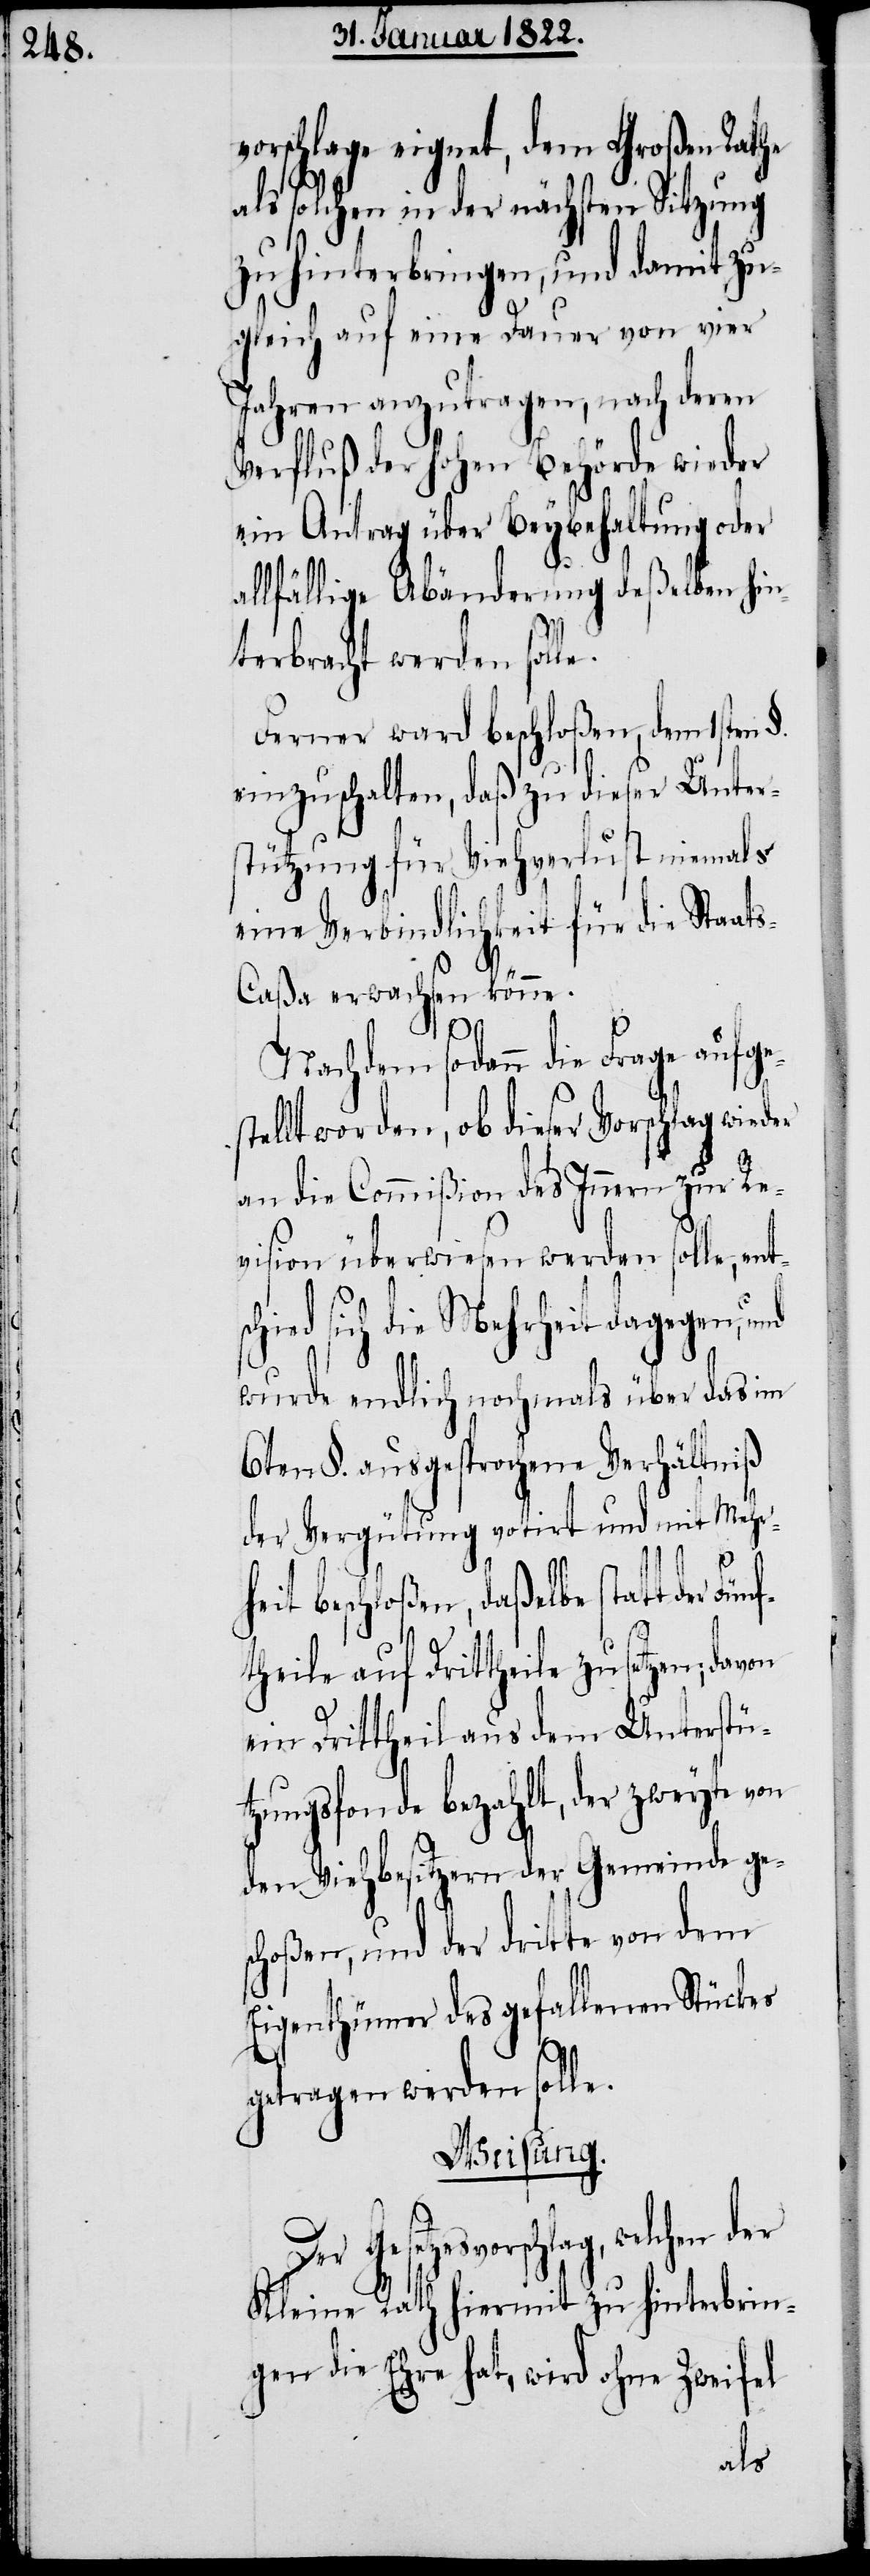
vorschlage eignet, dem Großen Rathe
als solchen in der nächsten Sitzung
zu hinterbringen, und damit zu¬
gleich auf eine Dauer von vier
Jahren anzutragen, nach deren
Verfluß der hohen Behörde wieder
ein Antrag über Beybehaltung oder
allfällige Abänderung deßelben hin¬
terbracht werden soll.
Ferner ward beschloßen, dem 1sten §.
einzuschalten, daß zu dieser Unter¬
stützung für Viehverlust niemals
eine Verbindlichkeit für die Staat¬
s-Caßa erwachsen könne.
Fünf¬
Nachdem sodann die Frage aufge¬
stellt worden, ob dieser Vorschlag wieder
an die Commißion des Innern zu Re¬
vision überwiesen werden solle, ent¬
ied sich die Mehrheit dagegen,
wurde endlich, nochmals über das im
6ten §. ausgesprochene Verhältniß
der Vergütung votirt und mit Mehrh¬
eit beschloßen, daßelbe statt der
theile auf Drittheile zu setzen; davon
ein Drittheil aus dem Unterstü¬
tzungsfonde bezahlt, der zweyte von
den Viehbesitzern der Gemeinde ge¬
schoßen, und der dritte von dem
Eigenthümer des gefallenen Stückes
getragen werden solle.
Weisung.
welchen der
Kleine Rath hiermit zu hinterbrin¬
gen die Ehre hat, wird ohne Zweifel